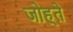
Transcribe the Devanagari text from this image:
जोह्ते